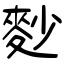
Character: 麨